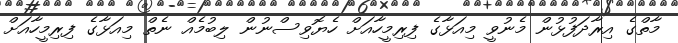
މާތްގެ އިރާދަފުޅުން މެނުވީ މިއަޅާގެ ފިރިމީހާއަށް ހެޔޮވިސްނުން ލިބުމެއް ނެތް މިއަޅާގެ ފިރިމީހާއަށް